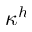
\kappa ^ { h }